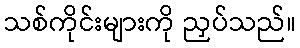
သစ်ကိုင်းများကို ညှပ်သည်။